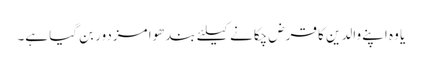
یا وہ اپنے والدین کا قرض چکانے کیلئے بندھوا مزدور بن گیا ہے۔